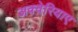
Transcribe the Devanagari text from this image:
अक्वेरियाए